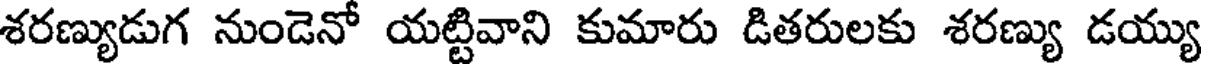
శరణ్యుడుగ నుండెనో యట్టివాని కుమారు డితరులకు శరణ్యు డయ్యు